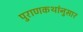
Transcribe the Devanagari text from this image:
पुराणकथांनुसार